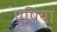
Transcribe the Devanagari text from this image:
एषिया